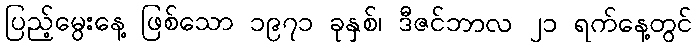
ပြည့်မွေးနေ့ ဖြစ်သော ၁၉၇၁ ခုနှစ်၊ ဒီဇင်ဘာလ ၂၁ ရက်နေ့တွင်